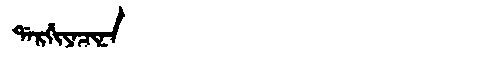
Manchu: ᡩᠠᡵᡤᡳᠶᠠᠴᡳᠨᠠ
Romanization: DARGIYACINA